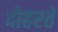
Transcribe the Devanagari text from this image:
दोहरते